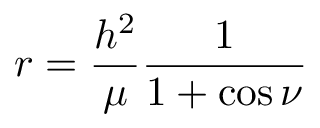
r = { \frac { h ^ { 2 } } { \mu } } { \frac { 1 } { 1 + \cos \nu } }